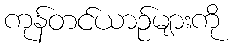
ကုန်တင်ယာဉ်များကို